system: You are a helpful assistant.
user:
Analyze the provided spectrum to determine if it is a **Carbon Star (C-type)**.

- **Key Visual Indicators of Carbon Star:**
    - **(Primary):** Strong molecular absorption from **C₂ (diatomic carbon) "Swan Bands."** This is the **defining feature** of a carbon star.
        - **(Key Bandheads):** Sharp absorption edges are visible at approximately $5635$ Å, $5165$ Å (the strongest band), and $4737$ Å.
        - **(Line Profile):** Creates a distinct **"saw-tooth"** pattern. The key morphology is a sharp, steep bandhead on the **red (long-wavelength) side**, which then gradually tapers off (i.e., flux recovers) towards the **blue (short-wavelength) side**. *(This is the direct opposite of the TiO bands seen in M-type stars)*.

    - **(Secondary):** Intense **CN (cyanogen)** molecular absorption bands.
        - **(Key Bandheads):** Located in the blue and violet regions of the spectrum (e.g., near $4215$ Å and $3883$ Å).
        - **(Morphology):** These bands are extremely broad and act as a "blanket," absorbing the vast majority of blue and violet light. This creates a characteristic **"cliff"** or **"steep drop-off"** in the spectrum's flux at short wavelengths.

    - **(Key Confirmation):** Strong **CH absorption band (G-band)**.
        - **(Key Bandhead):** Located around $4300$ Å. The contribution from CH molecules to this band is exceptionally strong.

    - **(Overall Spectrum):**
        - The continuum is severely "chopped up" by these deep molecular bands, especially C₂, rather than appearing as a smooth curve.
        - Due to the heavy CN and C₂ absorption in the blue-green, the vast majority of the star's flux is concentrated in the red part of the spectrum, giving the star its characteristic deep red color.

Think first, call **spectral_visualization_tool** if needed to examine features in detail, then provide your final answer. Your response must adhere to the following strict rules:
1.  **Overall Structure:** Your response must follow the format `<think>...</think> <tool_call>...</tool_call> (if a tool is used) <answer>...</answer>`.
2.  **Tool Usage Constraint:** You may only make **one** tool call per turn.
3.  **Final Answer Format:** In the `<answer>` tag, your conclusion must be inside a `\boxed{}` command (e.g., `\boxed{YES}`), followed by your justification.

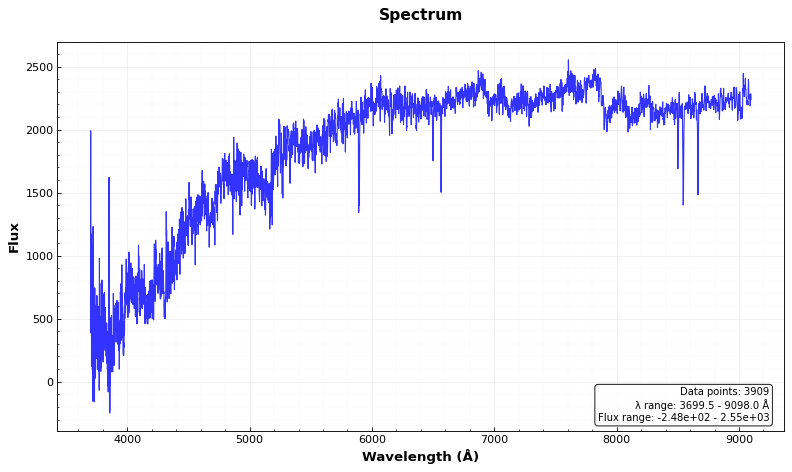
Answer: YES